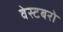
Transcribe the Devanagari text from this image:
वेस्टबरो